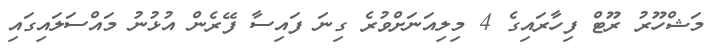
މަޝްހޫރު ރޫޓް ފިހާރައިގެ 4 މިލިއަނަށްވުރެ ގިނަ ފައިސާ ފޭރެން އުޅުނު މައްސަލައިގައި